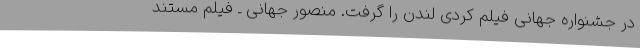
در جشنواره جهانی فیلم کُردی لندن را گرفت. منصور جهانی ـ فیلم مستند